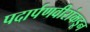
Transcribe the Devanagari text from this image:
पदार्पणवीरांकडून